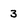
Character: 3